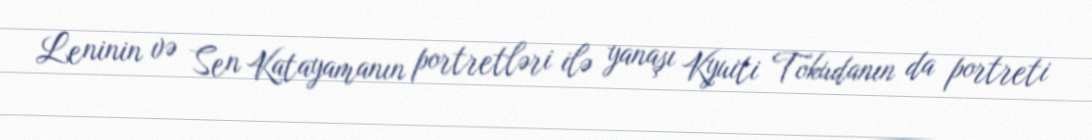
Leninin və Sen Katayamanın portretləri ilə yanaşı Kyuiti Tokudanın da portreti